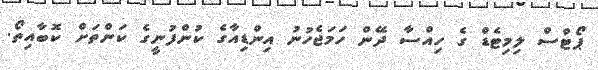
ޕޯޓްސް ލިމިޓެޑް ގެ ހިއްސާ ދޭން ހަމަޖެހުނު އިންޑިއާގެ ކުންފުނީގެ ކަންތަށް ކޮބާއިތޯ.